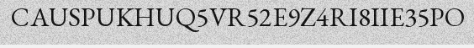
CAUSPUKHUQ5VR52E9Z4RI8IIE35PO